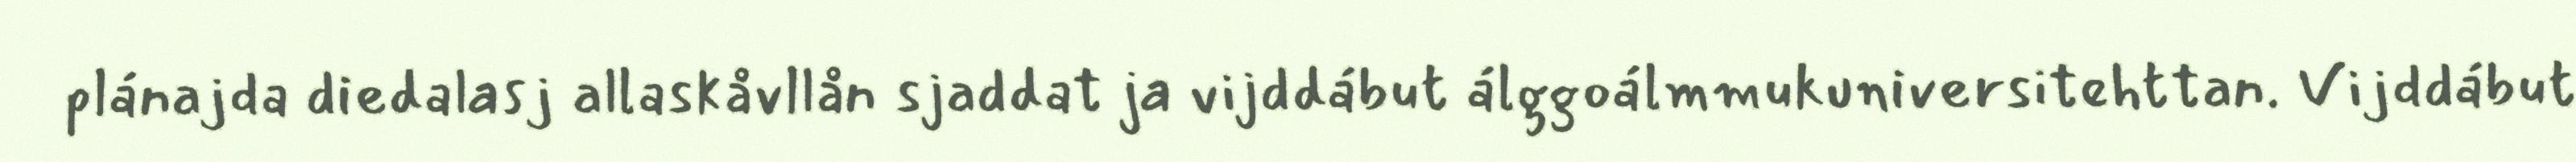
plánajda diedalasj allaskåvllån sjaddat ja vijddábut álggoálmmukuniversitehttan. Vijddábut